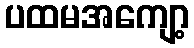
ပထမအကျော့